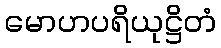
မောဟပရိယုဋ္ဌိတံ